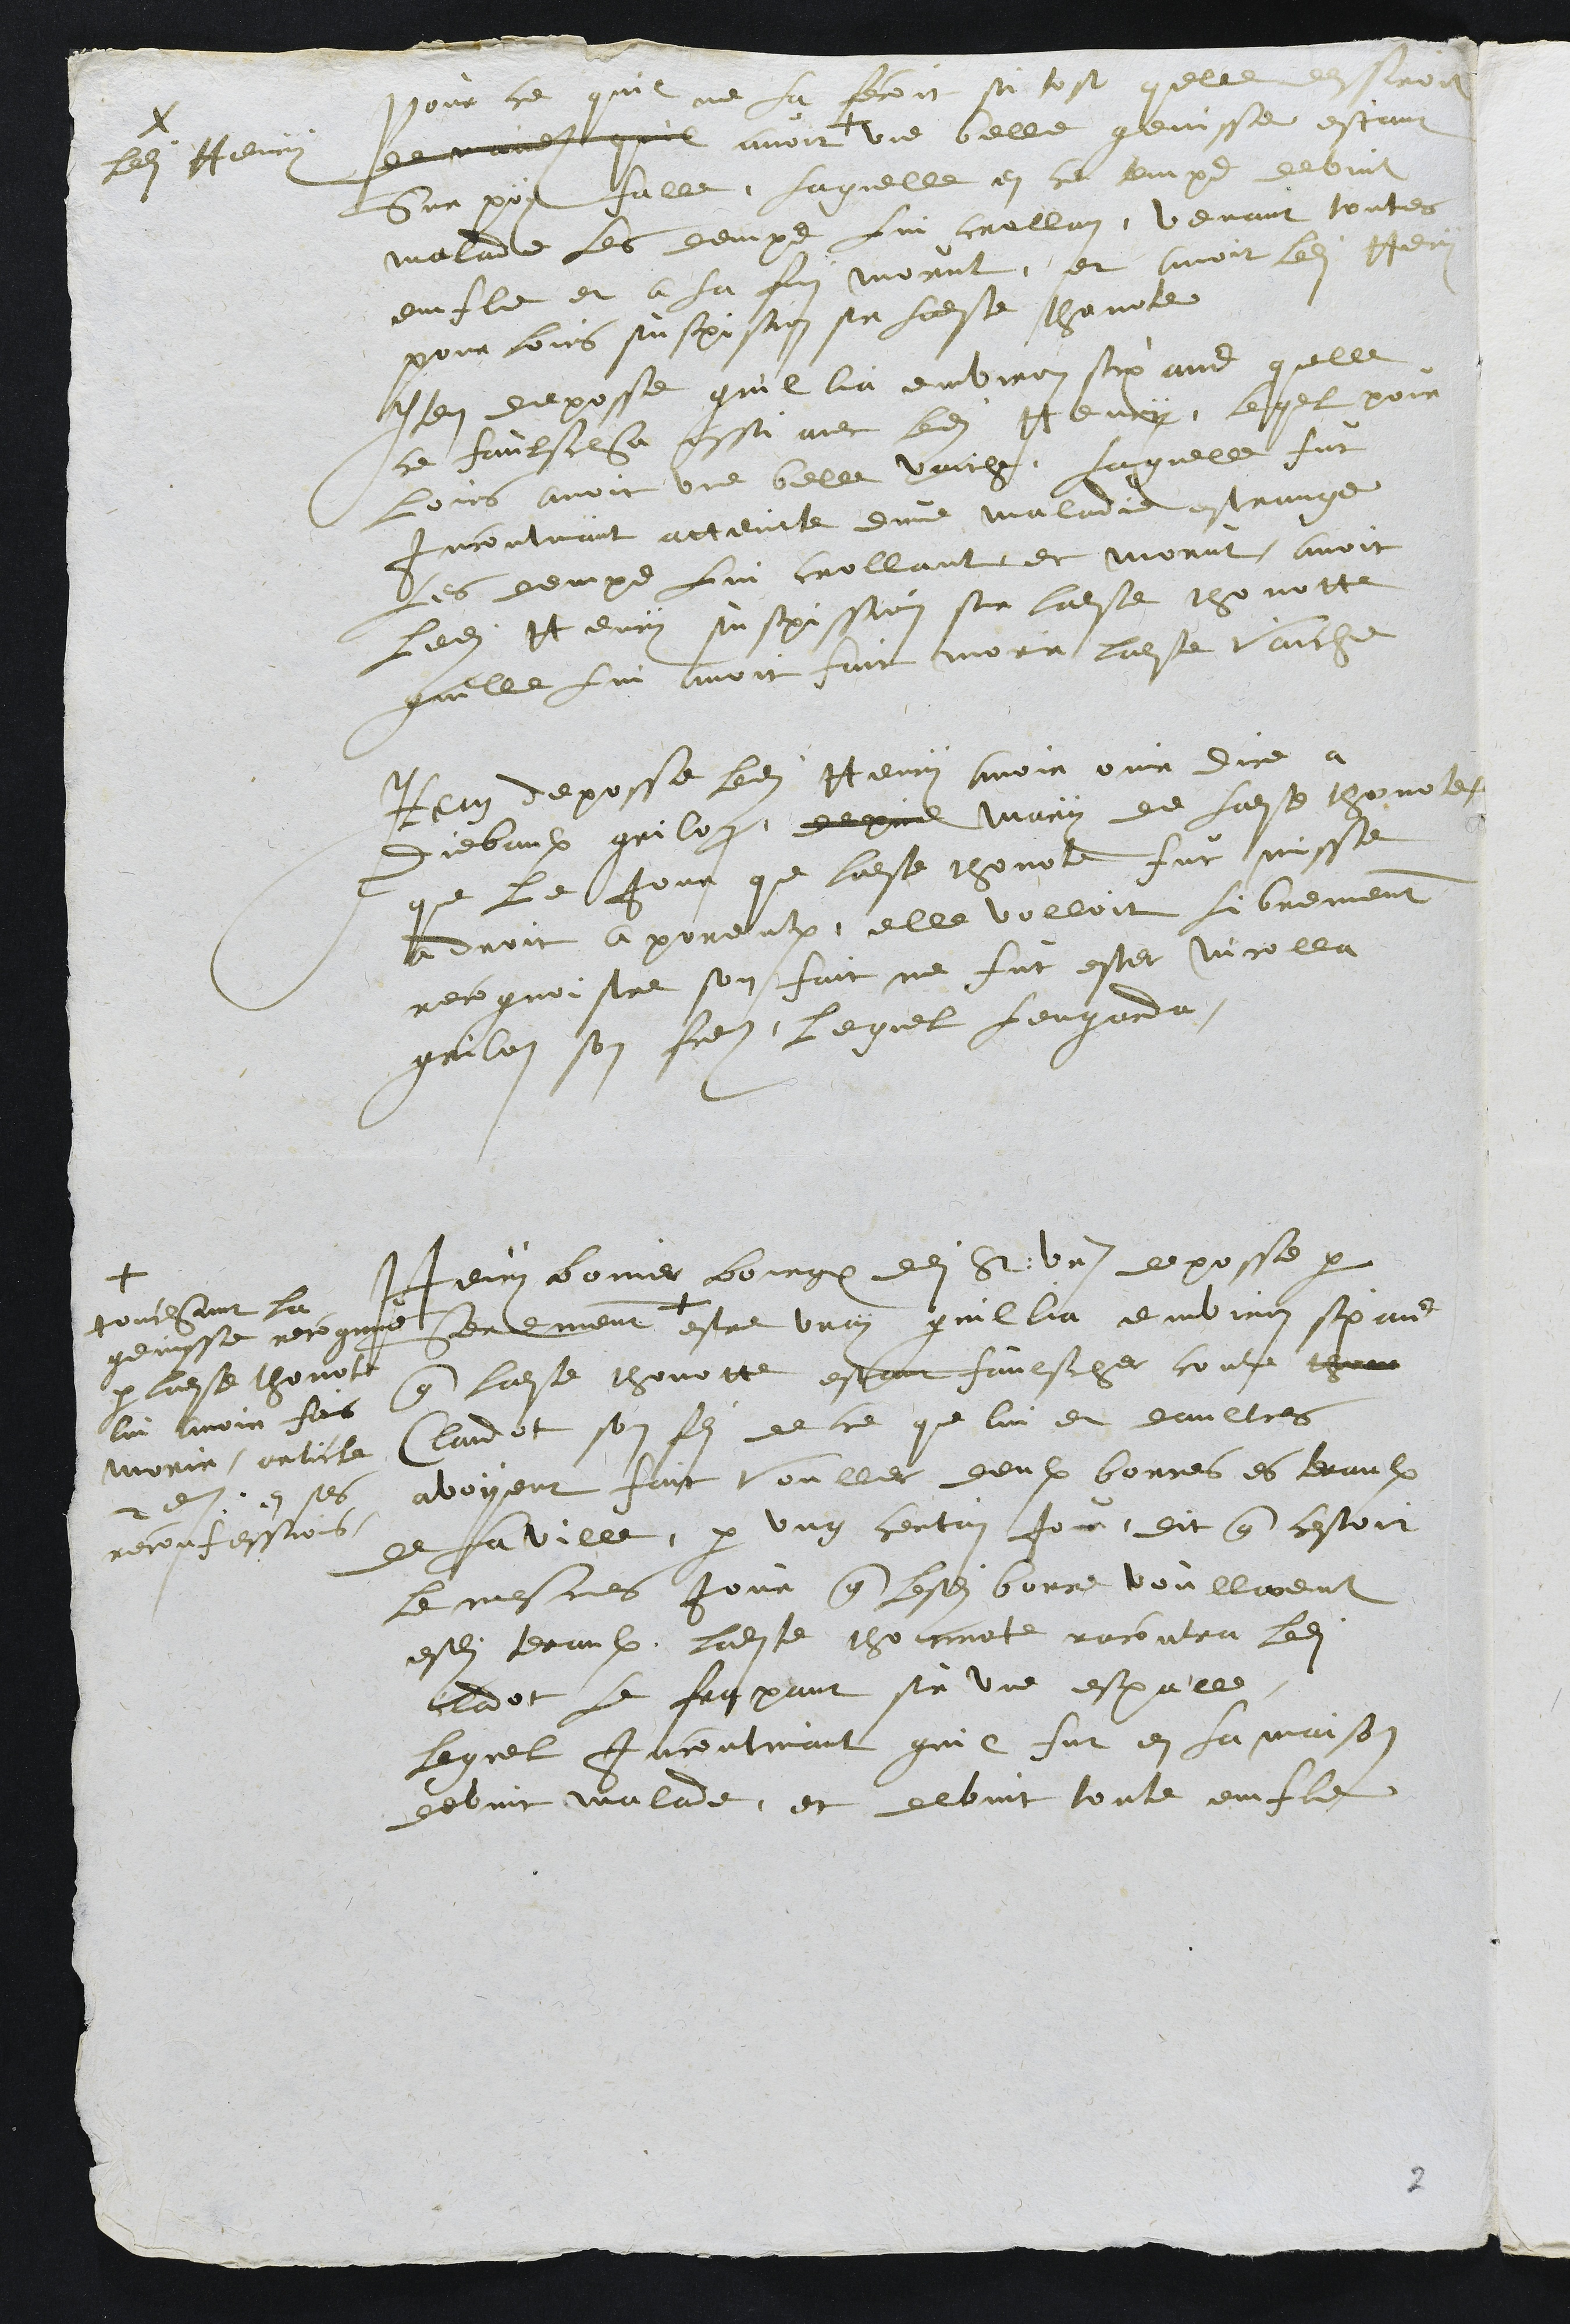
pour ce quil ne la fecoit si tost quelle dessiroit
demand quil avoit
ledit Henry
une belle genisse estant
Sur poy sable, laquelle en ce temps devint
malade les demps lui crollan, venant toutes
emfle et a la fin morut, et avoit ledit Henry
pour loirs suspision sur ladite Thanote
Item deposse quil lia environ six ans quelle
ce faulscha aussi avec ledit Henry, lequel pour
loirs avoit une belle vaiche, laquelle fut
Incontinant atteinte dune maladie estrange
les demps lui crollant et morut, avoit
ledit Henry suspission sur ladite thonotte
quelle lui avoit fait morir ladite vaiche
Item deposse ledit Henry avoir ouir dire a
Diebaulx grilon, deprid mary de ladite thonote
que le jour que ladite thonote fut misse
a droit a porentruy, elle volloit librement
recognoistre son fait ne fut ester Nicolla
grilon son frere, lequel lengarda
Henry bovier bourgeois dudit St Ursanne deposse par
Serement
touchant la
genisse recognue
par ladite thonote
lui avoir fais
morir, article
2e en ses
reconfessions
estre vray quillia environ six ans
que ladite thonotte estant faulscher contre thono
Claudot son fils de ce que lui et daultres
avoyent fait vouller deulx borces es teraulx
de la ville, par ung certain jour, dit que cestoit
le mesmes jour que lesdites borce voullarent
esdits teraulx ladite thonnatte racontra ledit
Clodot le frapant sur une espalle
lequel incontinant quil fut en la maison
devint malade, et debvint toute enfle

2